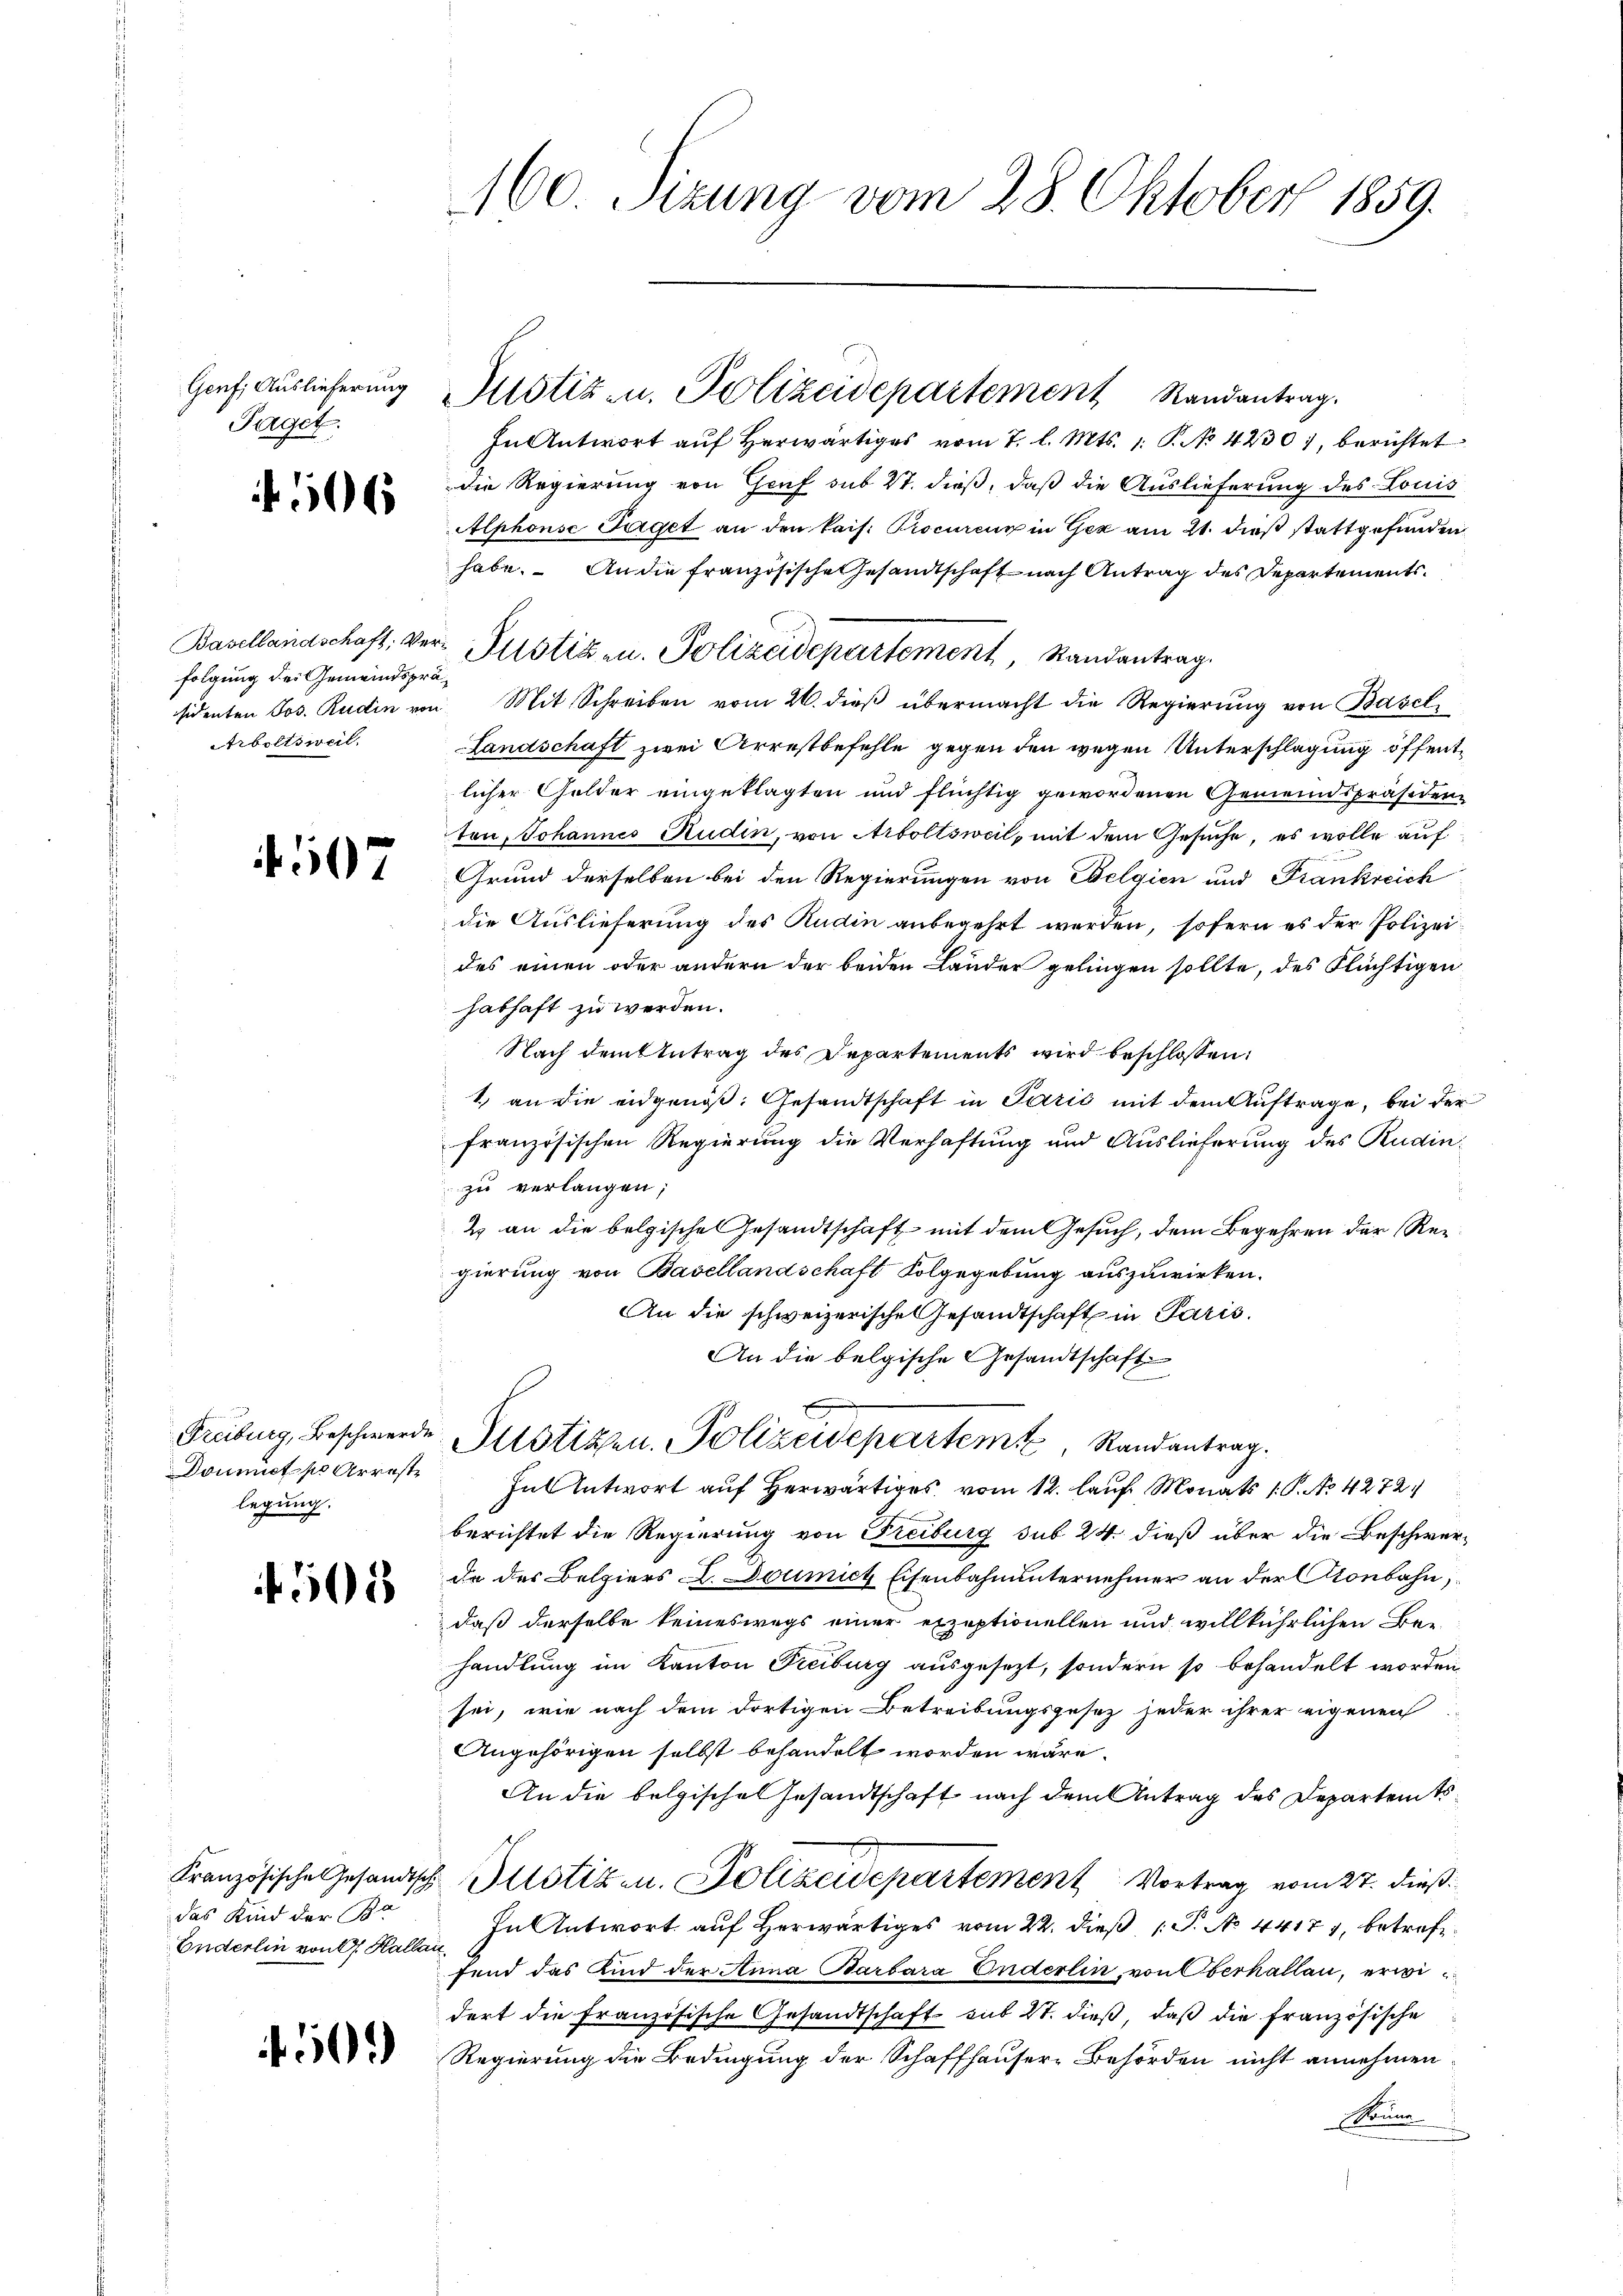
Paget.

06

folgung des Gemeindsprä¬
Arboltsweil.

4507

legung.

4501

das Kind der Br
Enderlin von A. Kallan

50

160. Sizung vom 28. Oktober 1859.

In Antwort aŭf herwärtiges vom 7. l. Mts. 1. P. No. 42301, berichtet
die Regierung von Genf sub 27. dieß, daß die Auslieferung des Louis
Alphonse Taget an den kais. Procureur in Gez am 21. dieß stattgefunden
habe. An die französische Gesandtschaft nach Antrag des Departements¬
Basellandschaft, Ver- Plistiken. Polizeidepartement, Randantrag.
sidenten Jos. Rudin von Mit Schreiben vom 26. dieß übermacht die Regierung von Basel
Landschaft zwei Arrestbefehle gegen den wegen Unterschlagung öffentlicher Gelder eingeklagten und flüchtig gewordenen Gemeindspräsidenz
ton, Johannes Rudin, von Arboltsweil, mit dem Gesuche, es wolle auf
Grund derselben bei den Regierungen von Ebelgien und Frankreich
die Auslieferung des Rudin anbegehrt werden, sofern es der Polizeides einen oder andern der beiden Lander gelingen sollte, des Flüchtigen
habhaft zu werden.
Nach dem Antrag des Departements wird beschlossen:
1.) an die eidgenöß. Gesandtschaft in Parić mit dem Auftrage, bei der
französischen Regierung die Verhaftung und Auslieferung des Rudin
zu verlangen;
2. an die belgische Gesandtschaft mit dem Gesuch, dem Begehren der Regierung von Basellandschaft Folgegebung auszuwirken.
An die schweizerische Gesandtschaft in Paris.
An die belgische Gesandtschaft
Freiburg, Beschwerde Justizen Polizeidepartem Randantrag.
Donnet pr Arreste Gut Antwort auf herwärtiges vom 12. lauf Monats 1. P. No. 4272.
berichtet die Regierung von Freiburg sub 24. dieß über die Beschwerde der Belpiers L. Domicz Eisenbahnunternehmer an der Kronbahn,
daß derselbe keineswegs einer exzeptionellen und willkührlichen Behandlung im Kanton Freiburg ausgesezt, sondern so behandelt worden
sei, wie nach dem dortigen Betreibungsgesez jeder ihrer eigenen
Angehörigen selbst behandelt worden wäre.
An die belgisches Gesandtschaft nach dem Antrag des Departemts¬
Französische Gesandtsch Iltotizen. Polizeidepartement Vortrag vom 27. dieß.
In Antwort auf herwärtiges vom 22. dieß P. No. 4417, betrefffend das Kind der Anna Barbara Enderlin, von Oberhallen, erwidert die Französische Gesandtschaft sub 27. dieß, daß die französische
Regierung die Bedingung der Schaffhauser Behörden nicht annehmen
Krum

Genf. Auslieferung Mstiz- u. Polizeidepartement Randantrag.